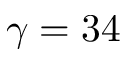
\gamma = 3 4